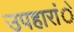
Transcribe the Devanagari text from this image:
उपहारांे